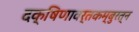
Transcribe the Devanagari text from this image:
दक्षिणावर्तकम्बुरत्न